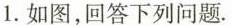
1.如图，回答下列问题.